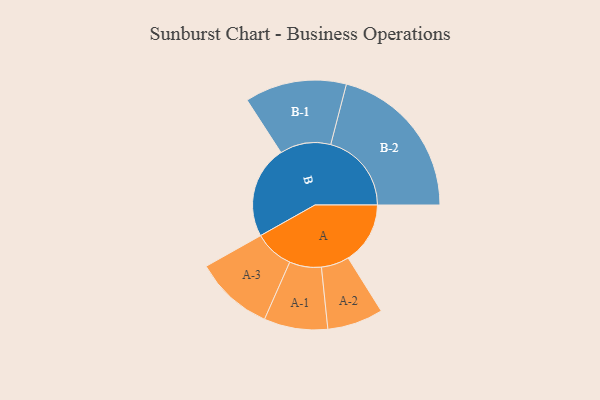
{"axis": {"x": "Segment", "y": "Value"}, "legend": ["", "A", "B"], "data": [{"x": "A", "y": 222, "type": ""}, {"x": "B", "y": 331, "type": ""}, {"x": "A-1", "y": 114, "type": "A"}, {"x": "A-2", "y": 100, "type": "A"}, {"x": "A-3", "y": 141, "type": "A"}, {"x": "B-1", "y": 182, "type": "B"}, {"x": "B-2", "y": 289, "type": "B"}]}